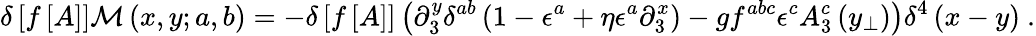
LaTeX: \delta\left[f\left[A\right]\right]{\cal M}\left(x,y;a,b\right)=-\delta\left[f\left[A\right]\right]\left(\partial_{3}^{y}\delta^{ab}\left(1-\epsilon^{a}+\eta\epsilon^{a}\partial_{3}^{x}\right)-gf^{abc}\epsilon^{c}A_{3}^{c}\left(y_{\perp}\right)\right)\delta^{4}\left(x-y\right)\ .